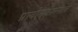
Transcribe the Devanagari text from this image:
प्रायोपवेशनाचे